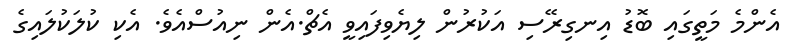
އެންމެ މަތީގައި ބޮޑު އިނގިރޭސި އަކުރުން ލިޔެވިފައިވީ އެޗް.އެން ނިއުސްއެވެ. އެކި ކުލަކުލައިގެ